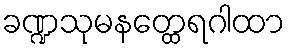
ခဏ္ဍသုမနတ္ထေရဂါထာ